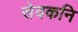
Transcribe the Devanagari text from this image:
सेवकनि